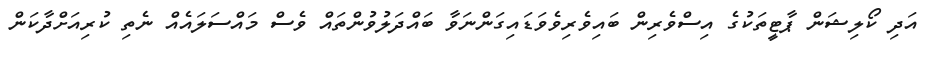
އަދި ކޯލިޝަން ޕާޓީތަކުގެ އިސްވެރިން ބައިވެރިވެވަޑައިގަންނަވާ ބައްދަލުވުންތައް ވެސް މައްސަލައެއް ނެތި ކުރިއަށްދާކަން